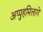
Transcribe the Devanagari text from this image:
अप्पुहमिलागे